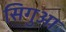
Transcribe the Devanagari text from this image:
सिगुआ